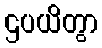
ဌပယိတွာ